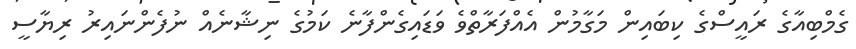
ގެމްބިއާގެ ރައީސްގެ ކިބައިން މަގާމުން އެއްފަރާތްވެ ވަޑައިގެންފާނެ ކަމުގެ ނިޝާނެއް ނުފެންނައިރު ރިޔާސީ